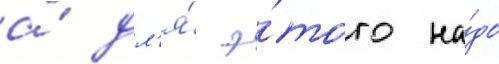
а́ дл'я́ э́того на́до